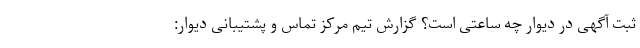
ثبت آگهی در دیوار چه ساعتی است؟ گزارش تیم مرکز تماس و پشتیبانی دیوار: